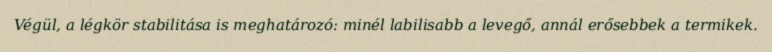
Végül, a légkör stabilitása is meghatározó: minél labilisabb a levegő, annál erősebbek a termikek.